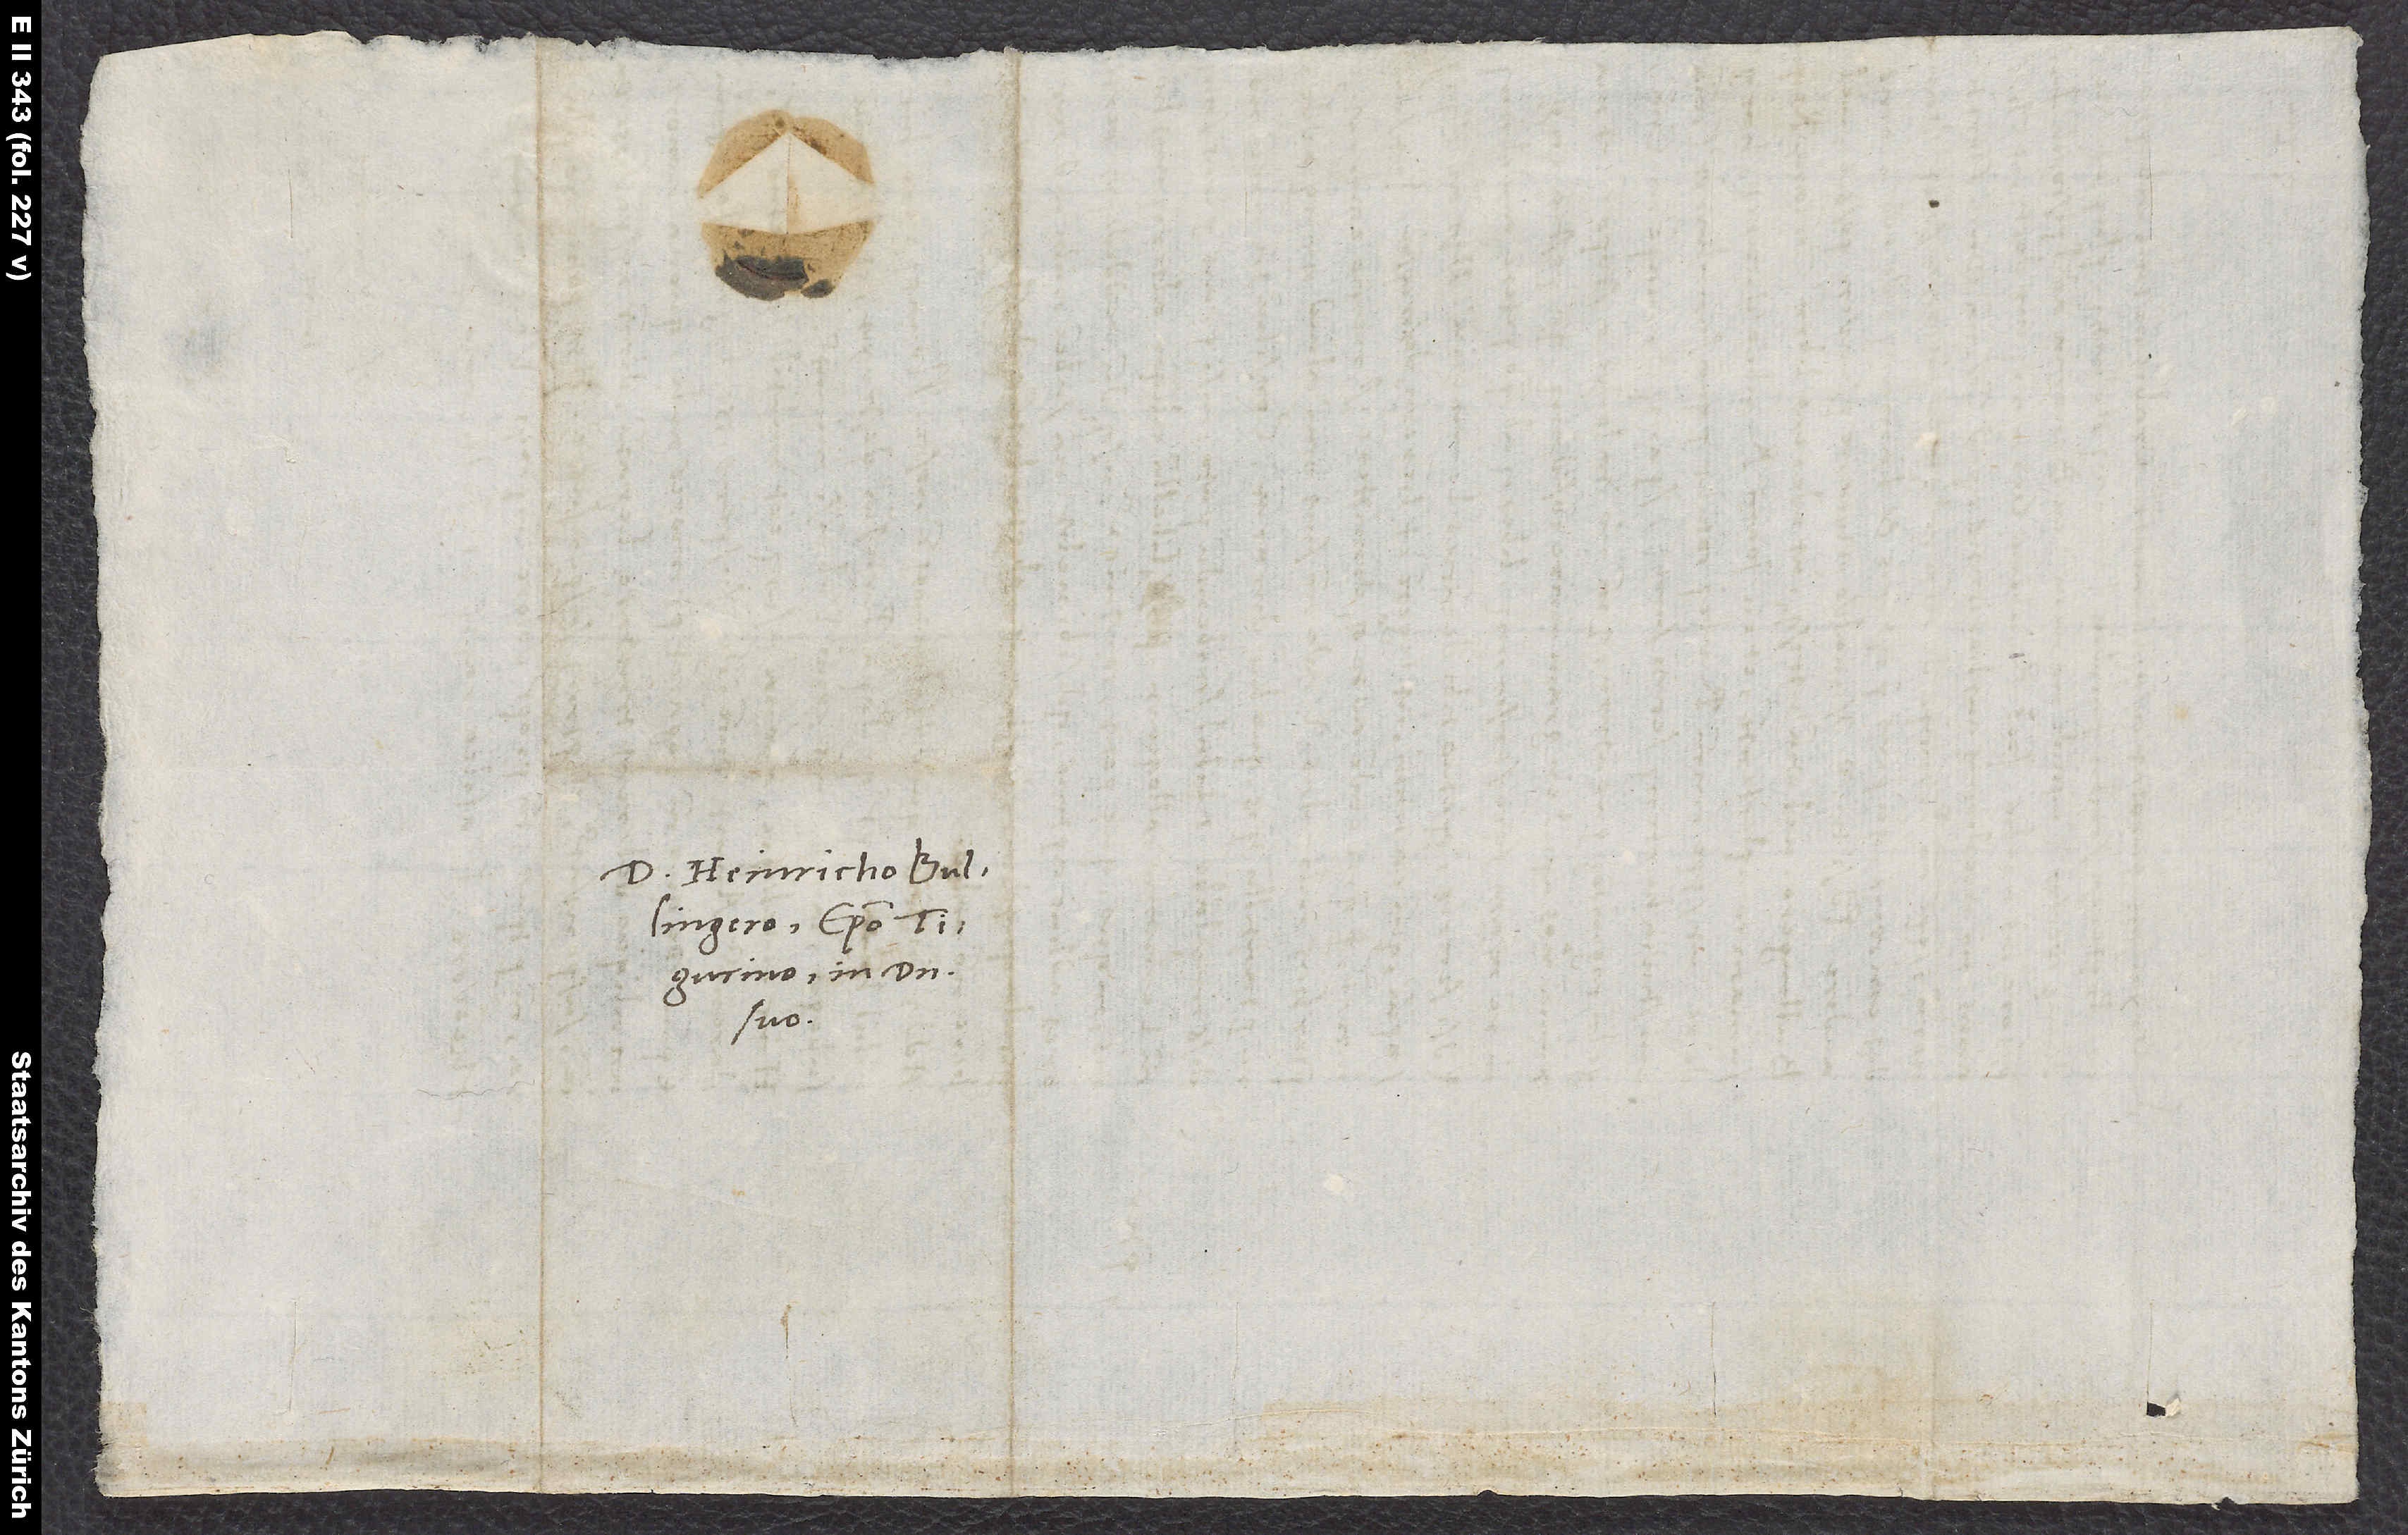
Domino Heinricho Bullingero,
Tigurino, in domino
suo.